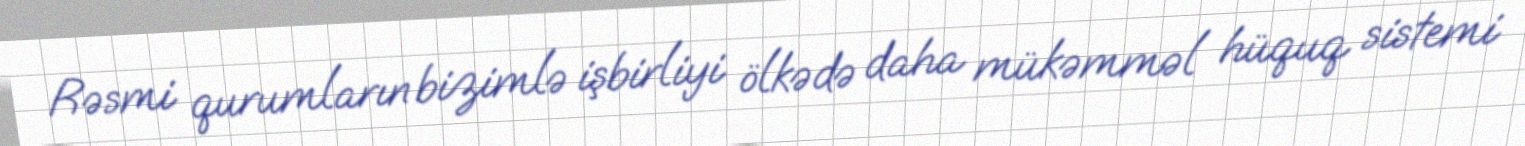
Rəsmi qurumların bizimlə işbirliyi ölkədə daha mükəmməl hüquq sistemi